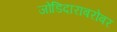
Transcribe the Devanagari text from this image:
जोडिदाराबरोबर